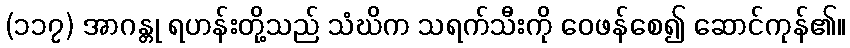
(၁၁၇) အာဂန္တု ရဟန်းတို့သည် သံဃိက သရက်သီးကို ဝေဖန်စေ၍ ဆောင်ကုန်၏။